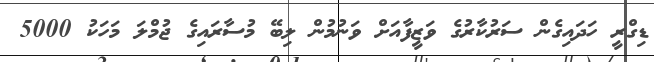
ޑިގްރީ ހަދައިގެން ސަރުކާރުގެ ވަޒީފާއަށް ވަނުމުން ލިބޭ މުސާރައިގެ ޖުމްލަ މަހަކު 5000